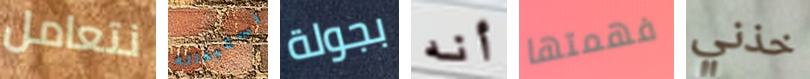
نتعامل استبداله بجولة أنه فهمتها خذني